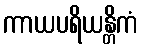
ကာယပရိယန္တိကံ